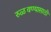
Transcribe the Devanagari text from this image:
रुळवण्यासाठी